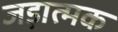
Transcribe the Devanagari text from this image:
जड़ात्मक